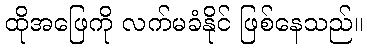
ထိုအဖြေကို လက်မခံနိုင် ဖြစ်နေသည်။